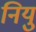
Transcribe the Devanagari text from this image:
नियु